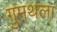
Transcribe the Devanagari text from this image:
गुमथला